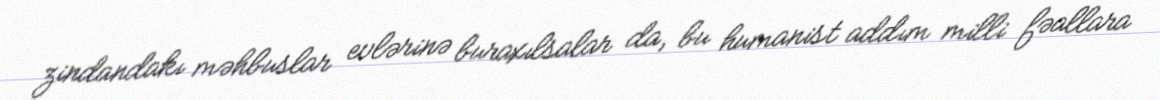
zindandakı məhbuslar evlərinə buraxılsalar da, bu humanist addım milli fəallara